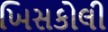
ખિસકોલી